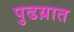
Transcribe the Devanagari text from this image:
पुढय़ात